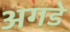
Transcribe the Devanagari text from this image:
अगडे